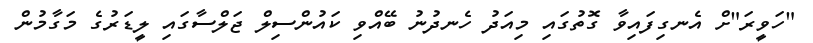
"ހަވީރަ"ށް އެނގިފައިވާ ގޮތުގައި މިއަދު ހެނދުނު ބޭއްވި ކައުންސިލް ޖަލްސާގައި ލީޑަރުގެ މަގާމުން